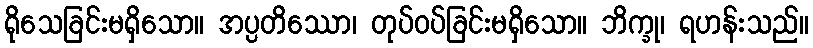
ရိုသေခြင်းမရှိသော။ အပ္ပတိဿော၊ တုပ်ဝပ်ခြင်းမရှိသော။ ဘိက္ခု၊ ရဟန်းသည်။